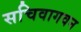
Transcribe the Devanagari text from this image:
सचिवागवन